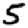
Digit: 5